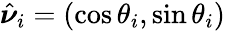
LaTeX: {\hat{\boldsymbol{\nu}}_{i}=(\cos\theta_{i},\sin\theta_{i})}